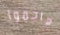
هاجموا